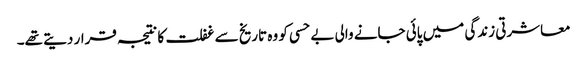
معاشرتی زندگی میں پائی جانے والی بے حسی کو وہ تاریخ سے غفلت کا نتیجہ قرار دیتے تھے۔